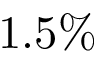
1 . 5 \%